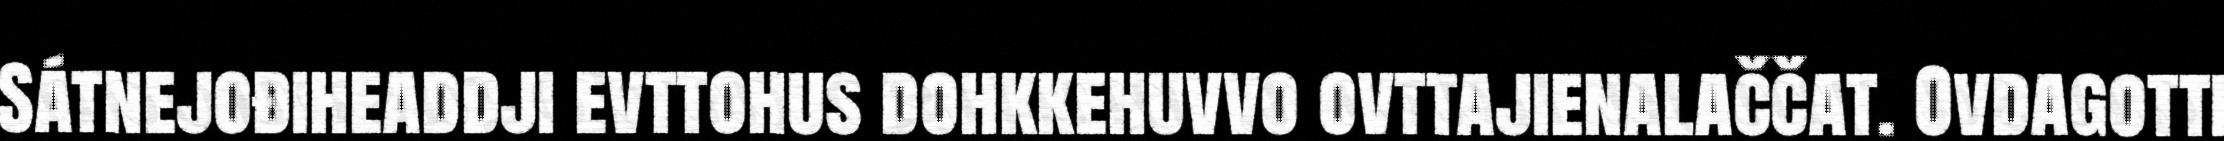
Sátnejođiheaddji evttohus dohkkehuvvo ovttajienalaččat. Ovdagotti